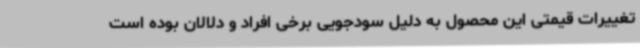
تغییرات قیمتی این محصول به دلیل سودجویی برخی افراد و دلالان بوده است